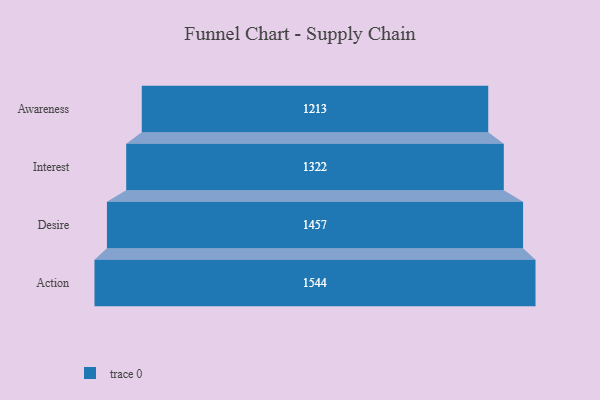
{"axis": {"x": "Stage", "y": "Value"}, "legend": [""], "data": [{"x": "Awareness", "y": 1213.0, "type": ""}, {"x": "Interest", "y": 1322.0, "type": ""}, {"x": "Desire", "y": 1457.0, "type": ""}, {"x": "Action", "y": 1544.0, "type": ""}]}